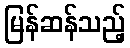
မြန်ဆန်သည့်